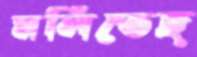
মলিতেছ